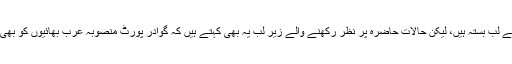
ماہرین اس حوالے سے لب بستہ ہیں، لیکن حالات حاضرہ پر نظر رکھنے والے زیر لب یہ بھی کہتے ہیں کہ گوادر پورٹ منصوبہ عرب بھائیوں کو بھی ایک آنکھ نہیں بھاتا۔